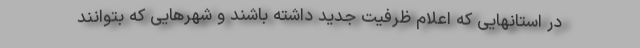
در استانهایی که اعلام ظرفیت جدید داشته باشند و شهرهایی که بتوانند